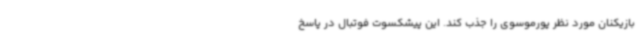
بازیکنان مورد نظر پورموسوی را جذب کند. این پیشکسوت فوتبال در پاسخ